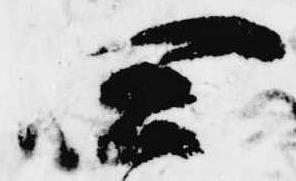
四